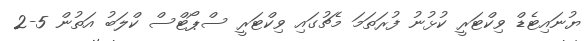
ޔުނައިޓެޑް ވިކްޓަރީ ކުޅުނު ފުރަތަމަ މެޗުގައި ވިކްޓަރީ ސްޕޯޓްސް ކްލަބު އަތުން 5-2